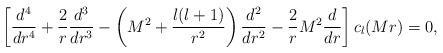
LaTeX: \begin{align*}\left[{d^{4}\over dr^{4}}+{2\over r}{d^{3}\over dr^{3}}-\left(M^{2}+{l(l+1)\over r^{2}}\right){d^{2}\over dr^{2}}-{2\over r}M^{2}{d\over dr}\right]c_{l}(Mr)=0,\end{align*}